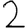
Digit: 2